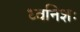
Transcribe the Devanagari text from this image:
ध्वनिशः